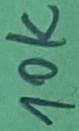
Text: 10K